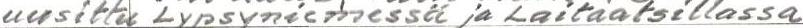
uusittu Lypsyniemessä ja Laitaatsillassa